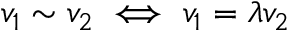
v _ { 1 } \sim v _ { 2 } \iff v _ { 1 } = \lambda v _ { 2 }